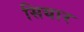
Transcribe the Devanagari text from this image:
सियार